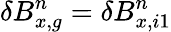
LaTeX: \delta B_{x,g}^{n}=\delta B_{x,i1}^{n}